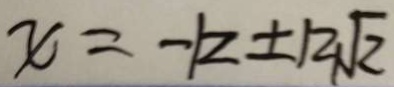
x = - k \pm 1 2 \sqrt { 2 }